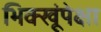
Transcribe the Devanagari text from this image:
भिक्खूंपेक्षा